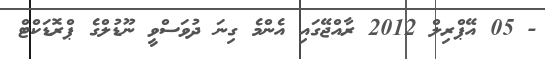
- 05 އޭޕްރިލް 2012 ރާއްޖޭގައި އެންމެ ގިނަ ދުވަސްވީ ނޫޑުލްގެ ޕްރޮޑަކްޓް